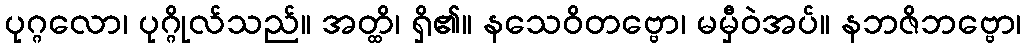
ပုဂ္ဂလော၊ ပုဂ္ဂိုလ်သည်။ အတ္ထိ၊ ရှိ၏။ နသေဝိတဗ္ဗော၊ မမှီဝဲအပ်။ နဘဇိဘဗ္ဗော၊